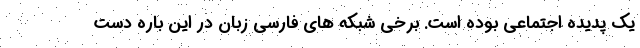
یک پدیده اجتماعی بوده است. برخی شبکه های فارسی زبان در این باره دست